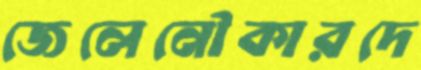
জেলেনৌকারদে